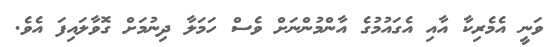
ވަނީ އެމެރިކާ އާއި އެގައުމުގެ އާންމުންނަށް ވެސް ހަމަލާ ދިނުމަށް ގޮވާލައިފަ އެވެ.